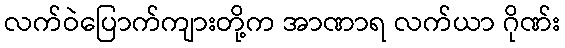
လက်ဝဲပြောက်ကျားတို့က အာဏာရ လက်ယာ ဂိုဏ်း